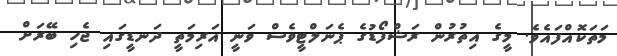
މަތަކޮއްފައެވެ. މީގެ އިތުރުން ރަޝްފޯޑުގެ ޕެނަލްޓީވެސް ވަނީ އަރިމަތީ ދަނޑީގައި ޖެހި ބޭރަށް